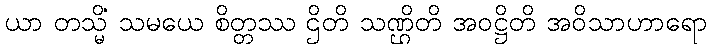
ယာ တသ္မိံ သမယေ စိတ္တဿ ဌိတိ သဏ္ဌိတိ အဝဋ္ဌိတိ အဝိသာဟာရော